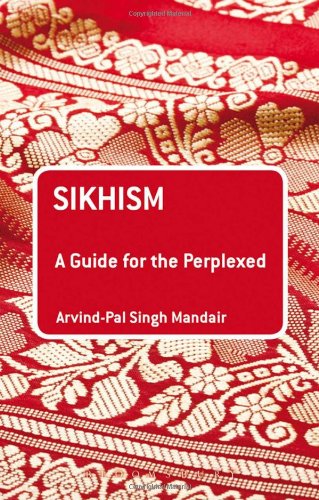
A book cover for Sikhism: A Guide for the Perplexed (Guides for the Perplexed); Arvind-Pal Singh Mandair; Religion & Spirituality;